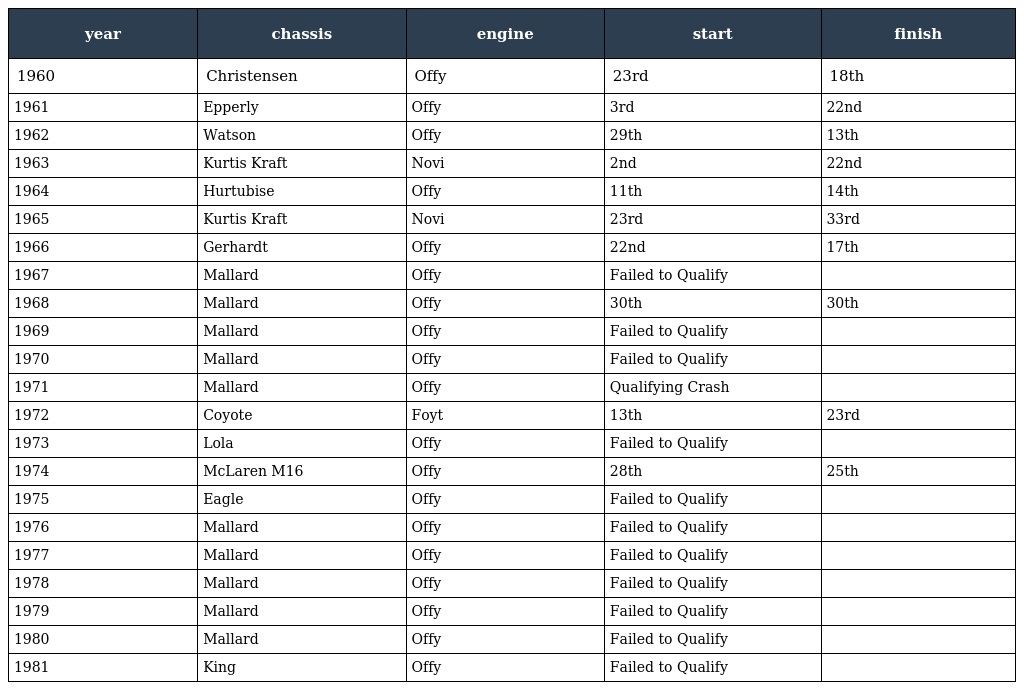
| year | chassis | engine | start | finish |
 | --- | --- | --- | --- | --- |
 | 1960 | Christensen | Offy | 23rd | 18th |
 | 1961 | Epperly | Offy | 3rd | 22nd |
 | 1962 | Watson | Offy | 29th | 13th |
 | 1963 | Kurtis Kraft | Novi | 2nd | 22nd |
 | 1964 | Hurtubise | Offy | 11th | 14th |
 | 1965 | Kurtis Kraft | Novi | 23rd | 33rd |
 | 1966 | Gerhardt | Offy | 22nd | 17th |
 | 1967 | Mallard | Offy | Failed to Qualify |  |
 | 1968 | Mallard | Offy | 30th | 30th |
 | 1969 | Mallard | Offy | Failed to Qualify |  |
 | 1970 | Mallard | Offy | Failed to Qualify |  |
 | 1971 | Mallard | Offy | Qualifying Crash |  |
 | 1972 | Coyote | Foyt | 13th | 23rd |
 | 1973 | Lola | Offy | Failed to Qualify |  |
 | 1974 | McLaren M16 | Offy | 28th | 25th |
 | 1975 | Eagle | Offy | Failed to Qualify |  |
 | 1976 | Mallard | Offy | Failed to Qualify |  |
 | 1977 | Mallard | Offy | Failed to Qualify |  |
 | 1978 | Mallard | Offy | Failed to Qualify |  |
 | 1979 | Mallard | Offy | Failed to Qualify |  |
 | 1980 | Mallard | Offy | Failed to Qualify |  |
 | 1981 | King | Offy | Failed to Qualify |  |